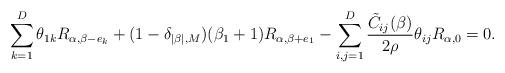
LaTeX: \begin{align*} \sum_{k = 1}^D \theta_{1k} R_{\alpha,\beta- e_k} + (1-\delta_{|\beta|,M})(\beta_1+1)R_{\alpha,\beta+e_1} -\sum_{i,j=1}^D\frac{\tilde{C}_{ij}(\beta)}{2\rho}\theta_{ij}R_{\alpha,0}=0. \end{align*}